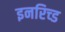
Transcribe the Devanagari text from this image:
इनरिच्ड